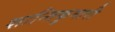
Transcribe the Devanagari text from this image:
शान्तिकुमारी